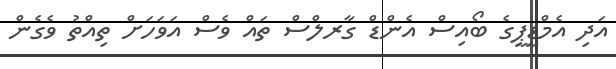
އަދި އެމްޑީޕީގެ ބޯއިސް އެންޑް ގާރލްސް ތައް ވެސް އަވަހަށް ތިއްތު ވެގެން